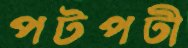
পটপটী